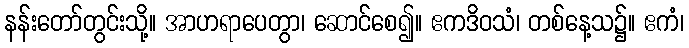
နန်းတော်တွင်းသို့။ အာဟရာပေတွာ၊ ဆောင်စေ၍။ ဧကဒိဝသံ၊ တစ်နေ့သ၌။ ဧကံ၊